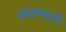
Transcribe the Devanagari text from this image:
संपल्‍याने